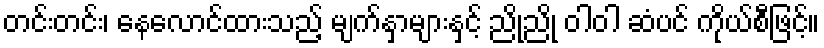
တင်းတင်း၊ နေလောင်ထားသည့် မျက်နှာများနှင့် ညိုညို ဝါဝါ ဆံပင် ကိုယ်စီဖြင့်။